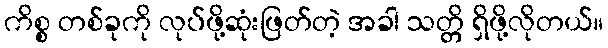
ကိစ္စ တစ်ခုကို လုပ်ဖို့ဆုံးဖြတ်တဲ့ အခါ သတ္တိ ရှိဖို့လိုတယ်။